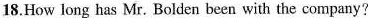
18.How long has Mr. Bolden been with the company?